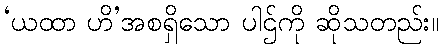
‘ယထာ ဟိ’အစရှိသော ပါဌ်ကို ဆိုသတည်း။